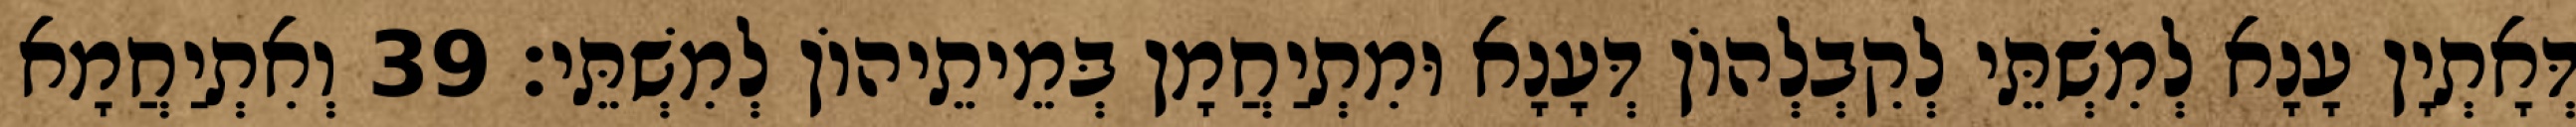
דְּאָתְיָן עָנָא לְמִשְׁתֵּי לְקִבְלְהוֹן דְּעָנָא וּמִתְיַחֲמָן בְּמֵיתֵיהוֹן לְמִשְׁתֵּי׃ 39 וְאִתְיַחֲמָא